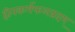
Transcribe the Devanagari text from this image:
हीनकर्मफलप्रदम्